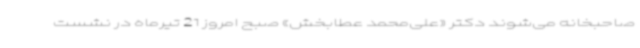
صاحبخانه می‌شوند دکتر «علی‌محمد عطابخش» صبح امروز 21 تیرماه در نشست